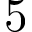
5